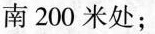
南200米处；